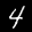
Label: 4